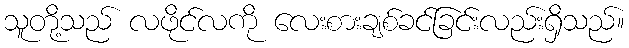
သူတို့သည် လဖိုင်လကို လေးစားချစ်ခင်ခြင်းလည်းရှိသည်။